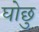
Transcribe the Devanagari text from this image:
घोछु